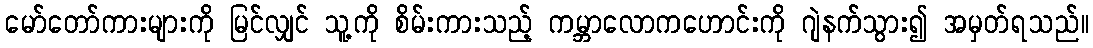
မော်တော်ကားများကို မြင်လျှင် သူ့ကို စိမ်းကားသည့် ကမ္ဘာလောကဟောင်းကို ဂျဲနက်သွား၍ အမှတ်ရသည်။